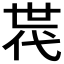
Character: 𠁀